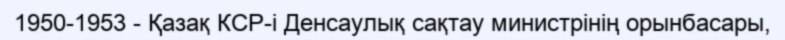
1950-1953 - Қазақ КСР-і Денсаулық сақтау министрінің орынбасары,